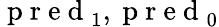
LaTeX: \mathrm{~p~r~e~d~}_{1},\mathrm{~p~r~e~d~}_{0}